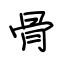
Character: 骨